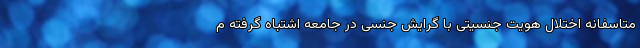
متاسفانه اختلال هویت جنسیتی با گرایش جنسی در جامعه اشتباه گرفته م